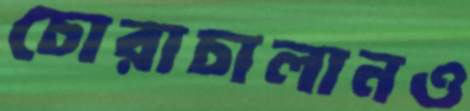
চোরাচালানও